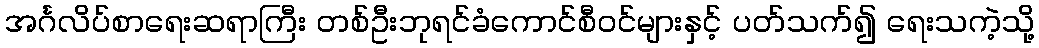
အင်္ဂလိပ်စာရေးဆရာကြီး တစ်ဦးဘုရင်ခံကောင်စီဝင်များနှင့် ပတ်သက်၍ ရေးသကဲ့သို့